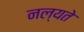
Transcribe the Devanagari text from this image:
नल्यते